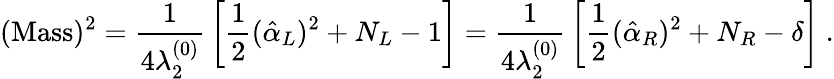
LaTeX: (\mathrm{Mass})^{2}={\frac{1}{4\lambda_{2}^{(0)}}}\left[{\frac{1}{2}}(\hat{\alpha}_{L})^{2}+N_{L}-1\right]={\frac{1}{4\lambda_{2}^{(0)}}}\left[{\frac{1}{2}}(\hat{\alpha}_{R})^{2}+N_{R}-\delta\right]~.